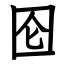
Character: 囵